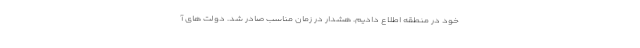
خود در منطقه اطلاع دادیم. هشدار در زمان مناسب صادر شد. دولت های آ